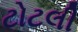
ટોટલી